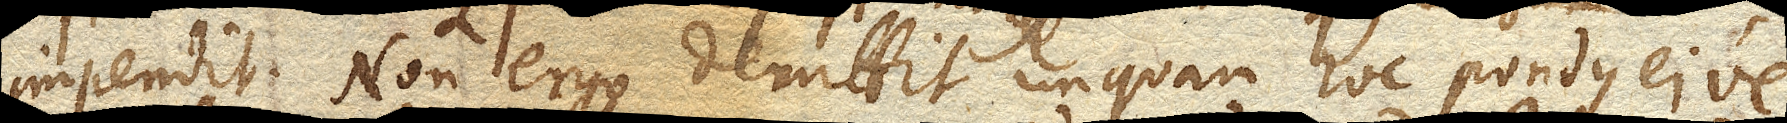
impendit. Non ergo demittit unquam hoc pondus eive